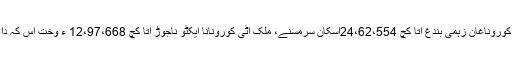
پنچ شنبے نادے آ امریکی میڈیا نا رداٹ امریکہ ٹی کوروناغان زہمی بندغ آتا کچ 24،62،554اسکان سرمسنے، ملک اٹی کورونانا ایکٹو ناجوڑ آتا کچ 12،97،668 ءِ وخت اس کہ دا وائرس آن داوخت اسکان 1،24،281 زوال کرینو۔